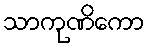
သာကုဏိကော